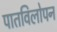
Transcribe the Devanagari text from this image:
पातविलोपन